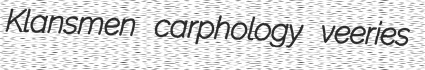
Klansmen carphology veeries